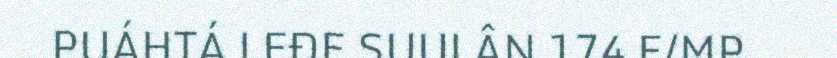
PUÁHTÁ LEĐE SUULÂN 174 E/MP.